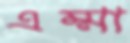
এম্মা